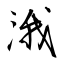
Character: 涐